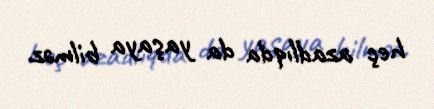
heç azadlıqda da yaşaya bilməz.